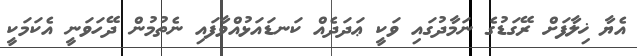
އެޔާ ޚިލާފަށް ރޭގަޑުގެ ނަމާދުގައި ވަކީ ޢަދަދެއް ކަނޑައަޅުއްވާފައި ނެތުމުން ދޭހަވަނީ އެކަމަކީ